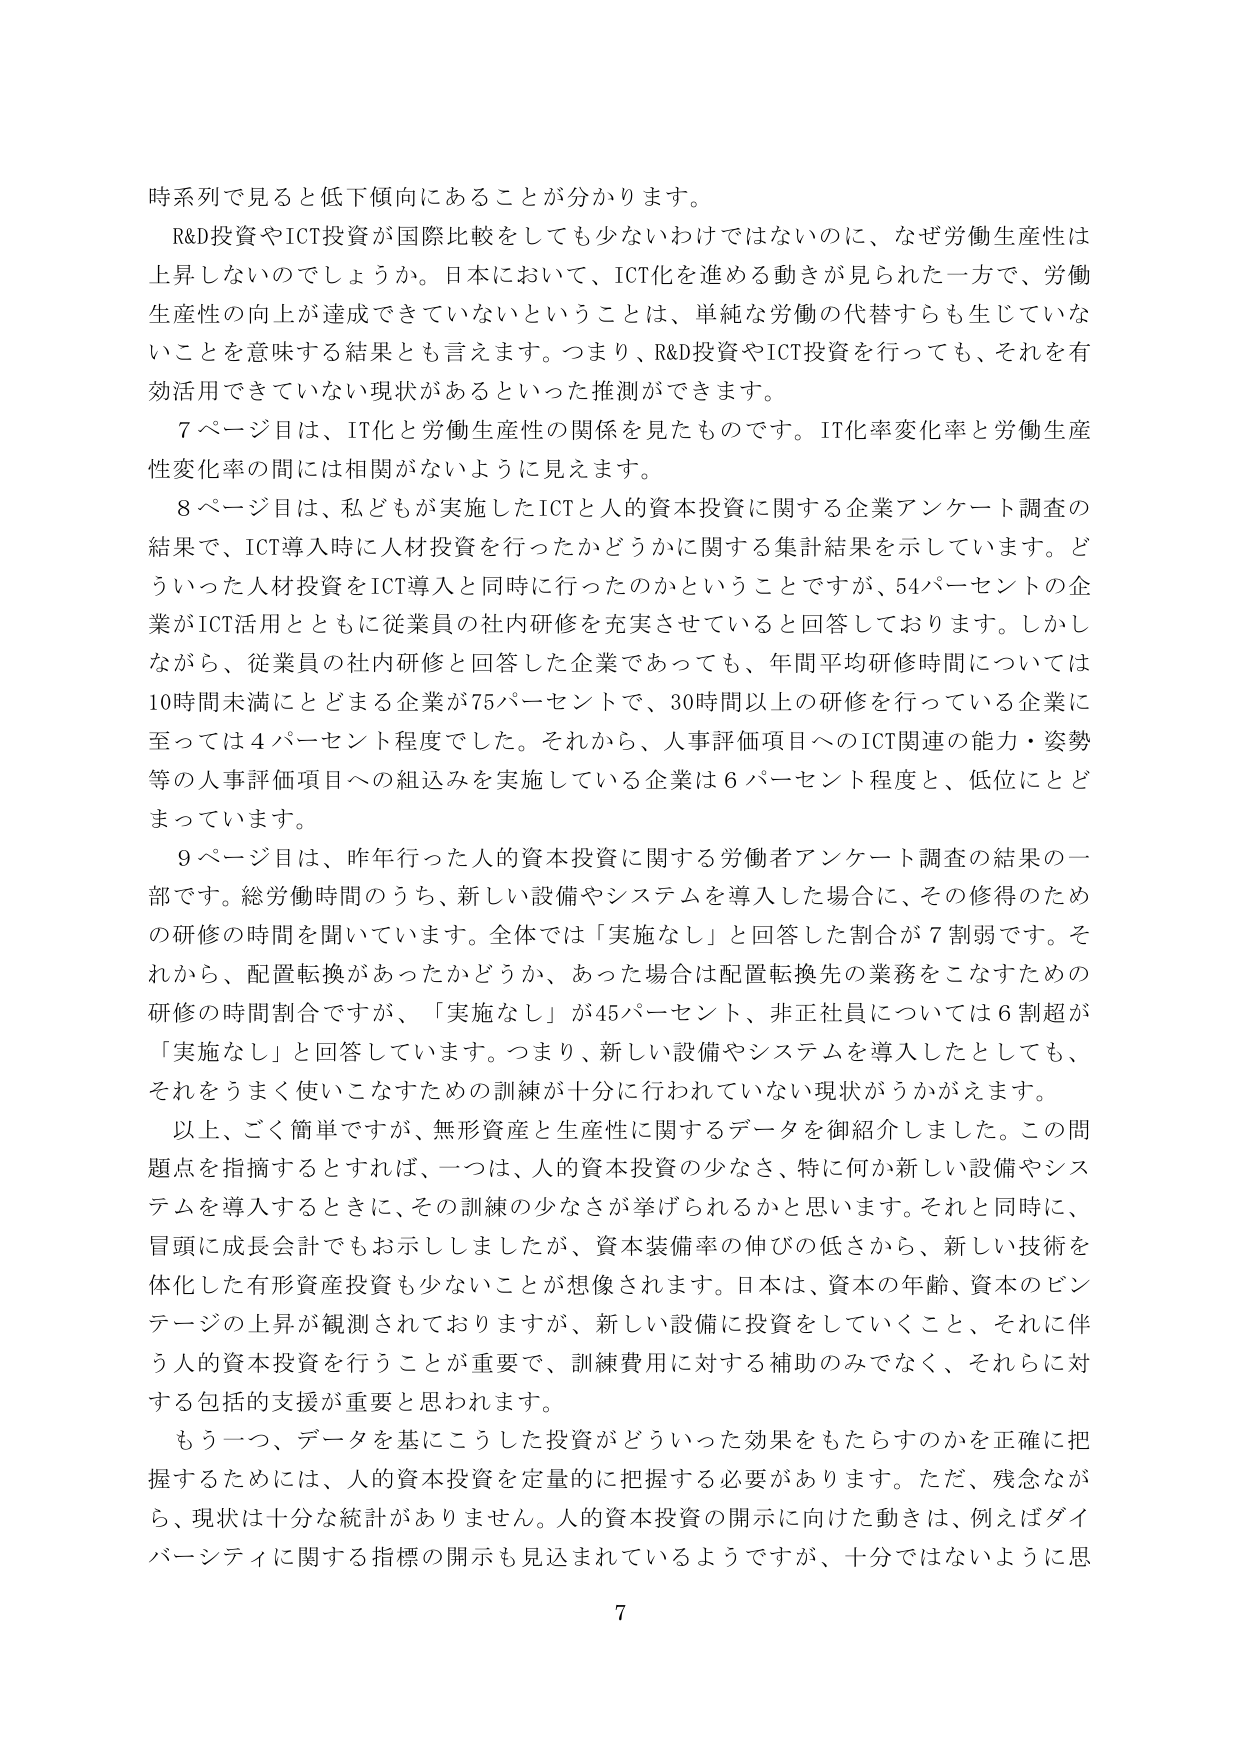
時系列で見ると低下傾向にあることが分かります。

R&D投資やICT投資が国際比較をしても少ないわけではないのに、なぜ労働生産性は上昇しないのでしょうか。日本において、ICT化を進める動きが見られた一方で、労働生産性の向上が達成できていないということは、単純な労働の代替すらも生じていないことを意味する結果とも言えます。つまり、R&D投資やICT投資を行っても、それを有効活用できていない現状があるといった推測ができます。

7ページ目は、IT化と労働生産性の関係を見たものです。IT化率変化率と労働生産性変化率の間には相関がないように見えます。

8ページ目は、私どもが実施したICTと人的資本投資に関する企業アンケート調査の結果で、ICT導入時に人材投資を行ったかどうかに関する集計結果を示しています。どういった人材投資をICT導入と同時に行ったのかということですが、54パーセントの企業がICT活用とともに従業員の社内研修を充実させていると回答しております。しかしながら、従業員の社内研修と回答した企業であっても、年間平均研修時間については10時間未満にとどまる企業が75パーセントで、30時間以上の研修を行っている企業に至っては4パーセント程度でした。それから、人事評価項目へのICT関連の能力・姿勢等の人事評価項目への組込みを実施している企業は6パーセント程度と、低位にとどまっています。

9ページ目は、昨年行った人的資本投資に関する労働者アンケート調査の結果の一部です。総労働時間のうち、新しい設備やシステムを導入した場合に、その修得のための研修の時間を聞いています。全体では「実施なし」と回答した割合が7割弱です。それから、配置転換があったかどうか、あった場合は配置転換先の業務をこなすための研修の時間割合ですが、「実施なし」が45パーセント、非正社員については6割超が「実施なし」と回答しています。つまり、新しい設備やシステムを導入したとしても、それをうまく使いこなすための訓練が十分に行われていない現状がうかがえます。

以上、ごく簡単ですが、無形資産と生産性に関するデータを御紹介しました。この問題点を指摘するとすれば、一つは、人的資本投資の少なさ、特に何か新しい設備やシステムを導入するときに、その訓練の少なさが挙げられるかと思います。それと同時に、冒頭に成長会計でもお示ししましたが、資本装備率の伸びの低さから、新しい技術を体化した有形資産投資も少ないことが想像されます。日本は、資本の年齢、資本のビンテージの上昇が観測されておりますが、新しい設備に投資をしていくこと、それに伴う人的資本投資を行うことが重要で、訓練費用に対する補助のみでなく、それらに対する包括的支援が重要と思われます。

もう一つ、データを基にこうした投資がどういった効果をもたらすのかを正確に把握するためには、人的資本投資を定量的に把握する必要があります。ただ、残念ながら、現状は十分な統計がありません。人的資本投資の開示に向けた動きは、例えばダイバーシティに関する指標の開示も見込まれているようですが、十分ではないように思

7